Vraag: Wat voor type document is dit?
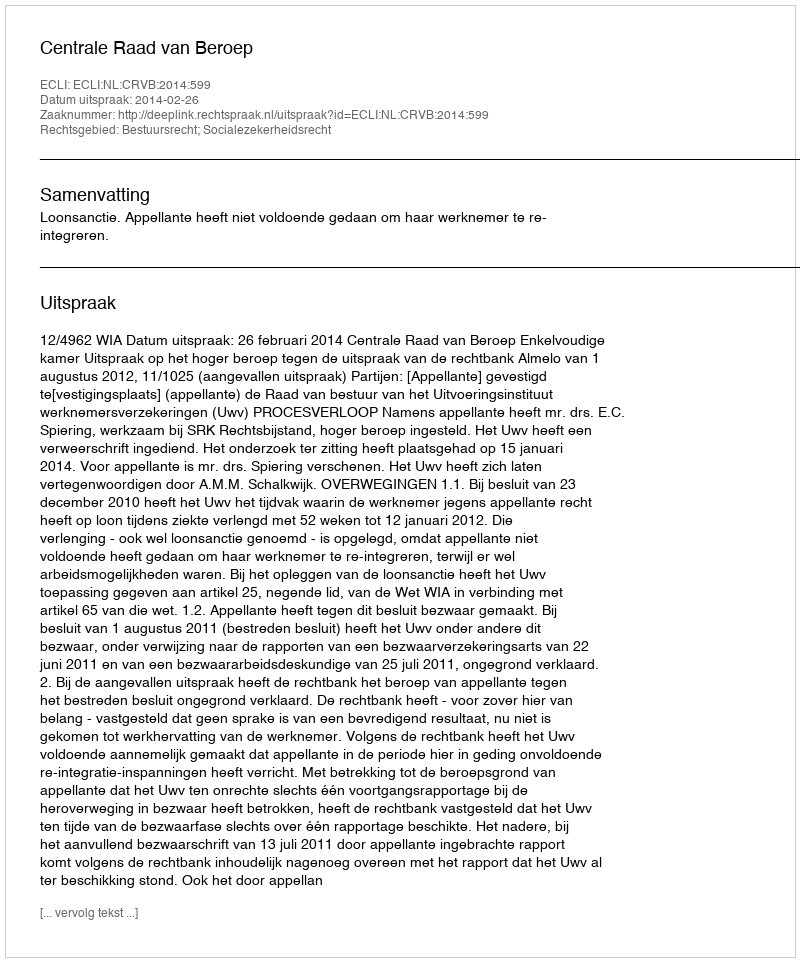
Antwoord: Uitspraak